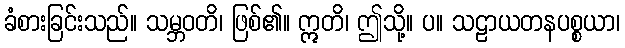
ခံစားခြင်းသည်။ သမ္ဘဝတိ၊ ဖြစ်၏။ ဣတိ၊ ဤသို့။ ပ။ သဠာယတနပစ္စယာ၊